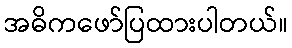
အဓိကဖော်ပြထားပါတယ်။